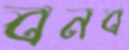
বনব